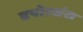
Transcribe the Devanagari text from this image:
ढपोरशंख